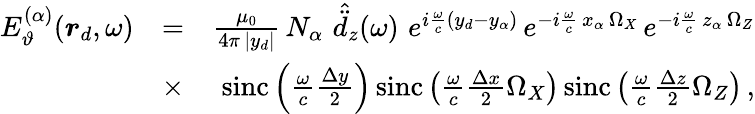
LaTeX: \begin{array}{rlr}{E_{\vartheta}^{(\alpha)}(\boldsymbol{r}_{d},\omega)}&{=}&{\frac{\mu_{0}}{4\pi\, |y_{d}|}\, N_{\alpha}\, \, \hat{\ddot{d}}_{z}(\omega)\, \, e^{i\frac{\omega}{c}(y_{d}-y_{\alpha})}\, e^{-i\frac{\omega}{c}\, x_{\alpha}\, \Omega_{X}}\, e^{-i\frac{\omega}{c}\, z_{\alpha}\, \Omega_{Z}}}\\ &{\times}&{\mathrm{sinc}\left(\frac{\omega}{c}\frac{\Delta y}{2}\right)\, \mathrm{sinc}\left(\frac{\omega}{c}\frac{\Delta x}{2}\Omega_{X}\right)\, \mathrm{sinc}\left(\frac{\omega}{c}\frac{\Delta z}{2}\Omega_{Z}\right)\, ,}\end{array}